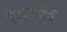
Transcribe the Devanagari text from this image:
रेसहॉर्स